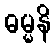
ဓမ္မနိ